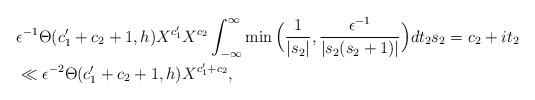
LaTeX: \begin{align*} & \epsilon^{-1} \Theta(c_1'+c_2+1,h) X^{c_1'} X^{c_2} \int_{-\infty}^{\infty} \min\Big( \frac{1}{|s_2|}, \frac{\epsilon^{-1}}{|s_2(s_2+1)|} \Big) dt_2 s_2=c_2+it_2 \\ & \ll \epsilon^{-2} \Theta(c_1'+c_2+1,h) X^{c_1'+c_2},\end{align*}